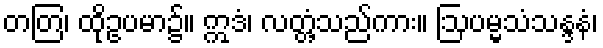
တတြ၊ ထိုဥပမာ၌။ ဣဒံ၊ လတ္တံ့သည်ကား။ ဩပမ္မသံသန္ဒနံ၊